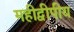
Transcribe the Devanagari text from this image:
महीद्वीपीय